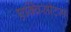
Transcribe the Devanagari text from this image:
एक्विसीटम